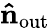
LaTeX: \mathbf{\hat{n}}_{\mathrm{out}}